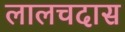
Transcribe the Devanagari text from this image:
लालचदास